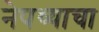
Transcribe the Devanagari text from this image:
नेपथ्याचा